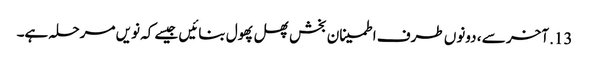
13. آخر سے ، دونوں طرف اطمینان بخش پھل پھول بنائیں جیسے کہ نویں مرحلہ ہے۔